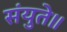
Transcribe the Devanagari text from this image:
संयुते॥